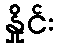
နှိုင်း